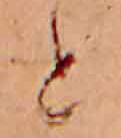
と